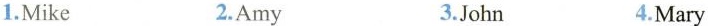
1.Mike 2.Amy 3.John 4.Mary